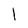
Character: l